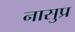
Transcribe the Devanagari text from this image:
नासुप्र